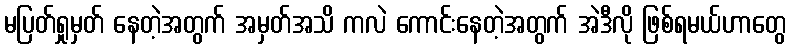
မပြတ်ရှုမှတ် နေတဲ့အတွက် အမှတ်အသိ ကလဲ ကောင်းနေတဲ့အတွက် အဲဒီလို ဖြစ်ရမယ်ဟာတွေ